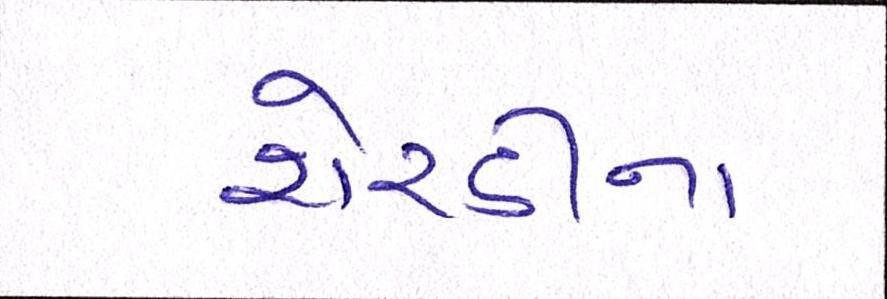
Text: શેરડીના